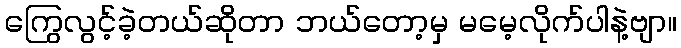
ကြွေလွင့်ခဲ့တယ်ဆိုတာ ဘယ်တော့မှ မမေ့လိုက်ပါနဲ့ဗျာ။